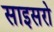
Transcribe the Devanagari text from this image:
साइसरो